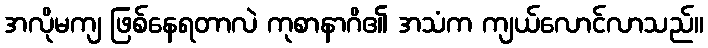
အလိုမကျ ဖြစ်နေရတာလဲ ကုစာနာဂိ၏ အသံက ကျယ်လောင်လာသည်။